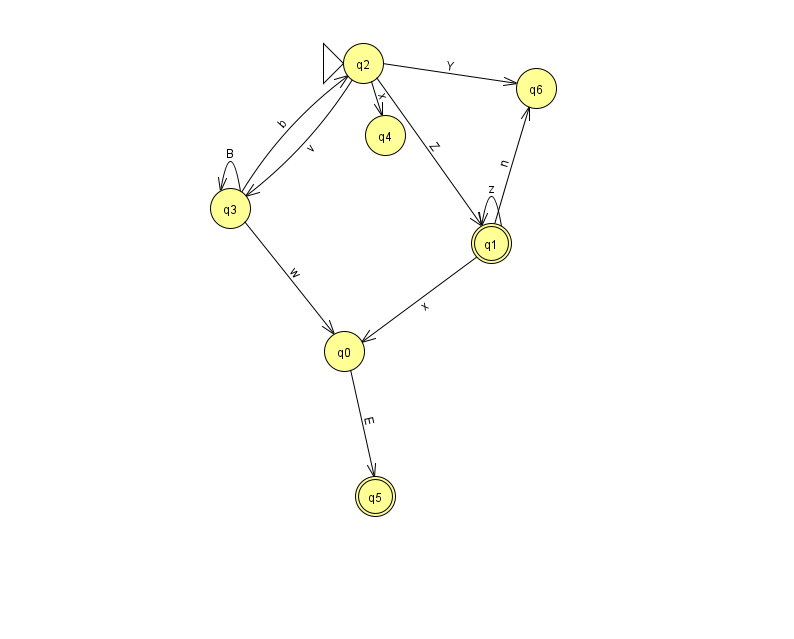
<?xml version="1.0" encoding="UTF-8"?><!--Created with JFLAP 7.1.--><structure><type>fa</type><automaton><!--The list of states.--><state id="0" name="q0"><x>344.0</x><y>338.0</y></state><state id="1" name="q1"><x>491.0</x><y>230.0</y><final/></state><state id="2" name="q2"><x>363.0</x><y>50.0</y><initial/></state><state id="3" name="q3"><x>230.0</x><y>195.0</y></state><state id="4" name="q4"><x>385.0</x><y>122.0</y></state><state id="5" name="q5"><x>375.0</x><y>483.0</y><final/></state><state id="6" name="q6"><x>536.0</x><y>75.0</y></state><!--The list of transitions.--><transition><from>0</from><to>5</to><read>E</read></transition><transition><from>3</from><to>3</to><read>B</read></transition><transition><from>2</from><to>4</to><read>x</read></transition><transition><from>3</from><to>2</to><read>b</read></transition><transition><from>1</from><to>1</to><read>z</read></transition><transition><from>1</from><to>6</to><read>n</read></transition><transition><from>2</from><to>3</to><read>v</read></transition><transition><from>2</from><to>6</to><read>Y</read></transition><transition><from>1</from><to>0</to><read>x</read></transition><transition><from>2</from><to>1</to><read>Z</read></transition><transition><from>3</from><to>0</to><read>w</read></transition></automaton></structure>